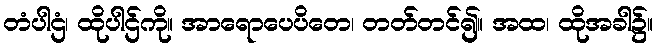
တံပါဌံ၊ ထိုပါဌ်ကို။ အာရောပေပိတေ၊ တတ်တင်၍။ အထ၊ ထိုအခါ၌။